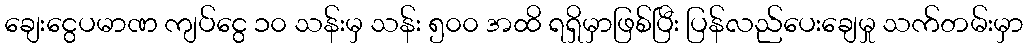
ချေးငွေပမာဏ ကျပ်ငွေ ၁၀ သန်းမှ သန်း ၅၀၀ အထိ ရရှိမှာဖြစ်ပြီး ပြန်လည်ပေးချေမှု သက်တမ်းမှာ